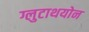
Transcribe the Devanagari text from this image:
ग्लुटाथयोन